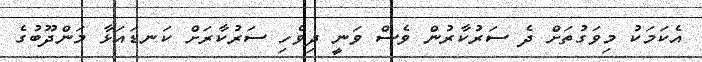
އެކަމަކު މިވަގުތަށް ދެ ސަރުކާރުން ވެސް ވަނީ ދިވެހި ސަރުކާރަށް ކަނޑައަޅާ މަންދޫބުގެ